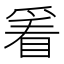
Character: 𬋭